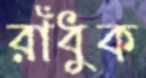
রাঁধুক